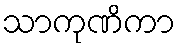
သာကုဏိကာ